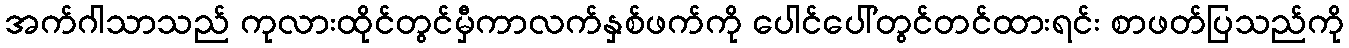
အက်ဂါသာသည် ကုလားထိုင်တွင်မှီကာလက်နှစ်ဖက်ကို ပေါင်ပေါ်တွင်တင်ထားရင်း စာဖတ်ပြသည်ကို